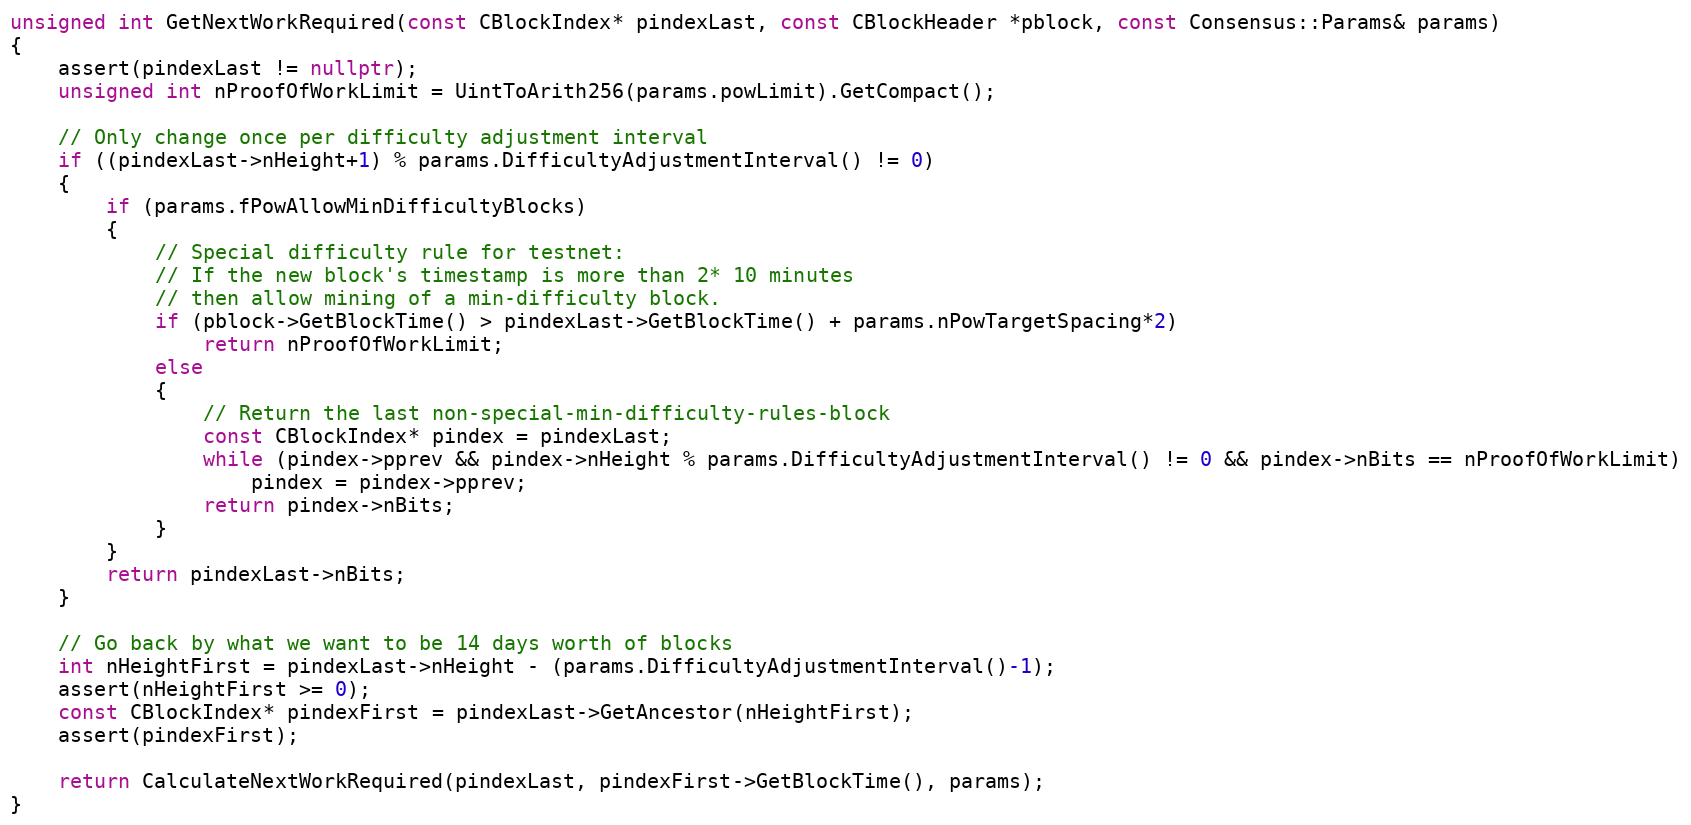
Language: C++
unsigned int GetNextWorkRequired(const CBlockIndex* pindexLast, const CBlockHeader *pblock, const Consensus::Params& params)
{
    assert(pindexLast != nullptr);
    unsigned int nProofOfWorkLimit = UintToArith256(params.powLimit).GetCompact();

    // Only change once per difficulty adjustment interval
    if ((pindexLast->nHeight+1) % params.DifficultyAdjustmentInterval() != 0)
    {
        if (params.fPowAllowMinDifficultyBlocks)
        {
            // Special difficulty rule for testnet:
            // If the new block's timestamp is more than 2* 10 minutes
            // then allow mining of a min-difficulty block.
            if (pblock->GetBlockTime() > pindexLast->GetBlockTime() + params.nPowTargetSpacing*2)
                return nProofOfWorkLimit;
            else
            {
                // Return the last non-special-min-difficulty-rules-block
                const CBlockIndex* pindex = pindexLast;
                while (pindex->pprev && pindex->nHeight % params.DifficultyAdjustmentInterval() != 0 && pindex->nBits == nProofOfWorkLimit)
                    pindex = pindex->pprev;
                return pindex->nBits;
            }
        }
        return pindexLast->nBits;
    }

    // Go back by what we want to be 14 days worth of blocks
    int nHeightFirst = pindexLast->nHeight - (params.DifficultyAdjustmentInterval()-1);
    assert(nHeightFirst >= 0);
    const CBlockIndex* pindexFirst = pindexLast->GetAncestor(nHeightFirst);
    assert(pindexFirst);

    return CalculateNextWorkRequired(pindexLast, pindexFirst->GetBlockTime(), params);
}